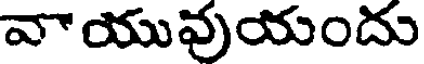
వాయువుయందు